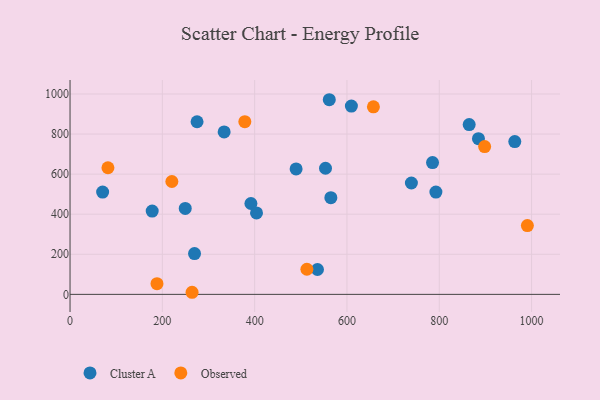
{"axis": {"x": "Study Hours", "y": "Profit"}, "legend": ["Cluster A", "Observed"], "data": [{"x": "333.9", "y": 810.6, "type": "Cluster A"}, {"x": "391.9", "y": 453.5, "type": "Cluster A"}, {"x": "963.6", "y": 762.5, "type": "Cluster A"}, {"x": "536.1", "y": 124.0, "type": "Cluster A"}, {"x": "609.6", "y": 939.4, "type": "Cluster A"}, {"x": "565.1", "y": 482.6, "type": "Cluster A"}, {"x": "269.7", "y": 203.3, "type": "Cluster A"}, {"x": "249.6", "y": 428.9, "type": "Cluster A"}, {"x": "489.8", "y": 625.8, "type": "Cluster A"}, {"x": "739.6", "y": 555.7, "type": "Cluster A"}, {"x": "792.7", "y": 510.6, "type": "Cluster A"}, {"x": "785.4", "y": 657.5, "type": "Cluster A"}, {"x": "404.0", "y": 406.2, "type": "Cluster A"}, {"x": "864.8", "y": 847.1, "type": "Cluster A"}, {"x": "70.6", "y": 510.5, "type": "Cluster A"}, {"x": "553.5", "y": 629.4, "type": "Cluster A"}, {"x": "561.7", "y": 971.3, "type": "Cluster A"}, {"x": "884.9", "y": 776.7, "type": "Cluster A"}, {"x": "178.0", "y": 415.7, "type": "Cluster A"}, {"x": "275.2", "y": 861.4, "type": "Cluster A"}, {"x": "188.4", "y": 53.1, "type": "Observed"}, {"x": "990.9", "y": 343.2, "type": "Observed"}, {"x": "220.6", "y": 563.3, "type": "Observed"}, {"x": "898.3", "y": 737.7, "type": "Observed"}, {"x": "513.2", "y": 125.3, "type": "Observed"}, {"x": "657.3", "y": 935.7, "type": "Observed"}, {"x": "378.7", "y": 861.7, "type": "Observed"}, {"x": "82.1", "y": 631.9, "type": "Observed"}, {"x": "264.4", "y": 10.4, "type": "Observed"}]}